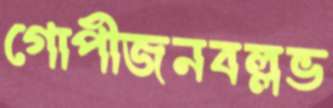
গোপীজনবল্লভ